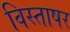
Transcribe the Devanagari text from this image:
विस्ताषर